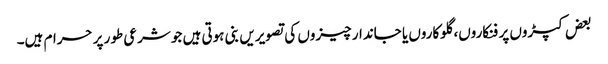
بعض کپڑوں پر فنکاروں، گلوکاروں یا جاندار چیزوں کی تصویریں بنی ہوتی ہیں جو شرعی طور پر حرام ہیں۔